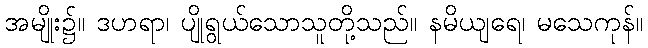
အမျိုး၌။ ဒဟရာ၊ ပျိုရွယ်သောသူတို့သည်။ နမိယျရေ၊ မသေကုန်။